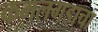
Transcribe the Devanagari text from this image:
कमलगडाचा